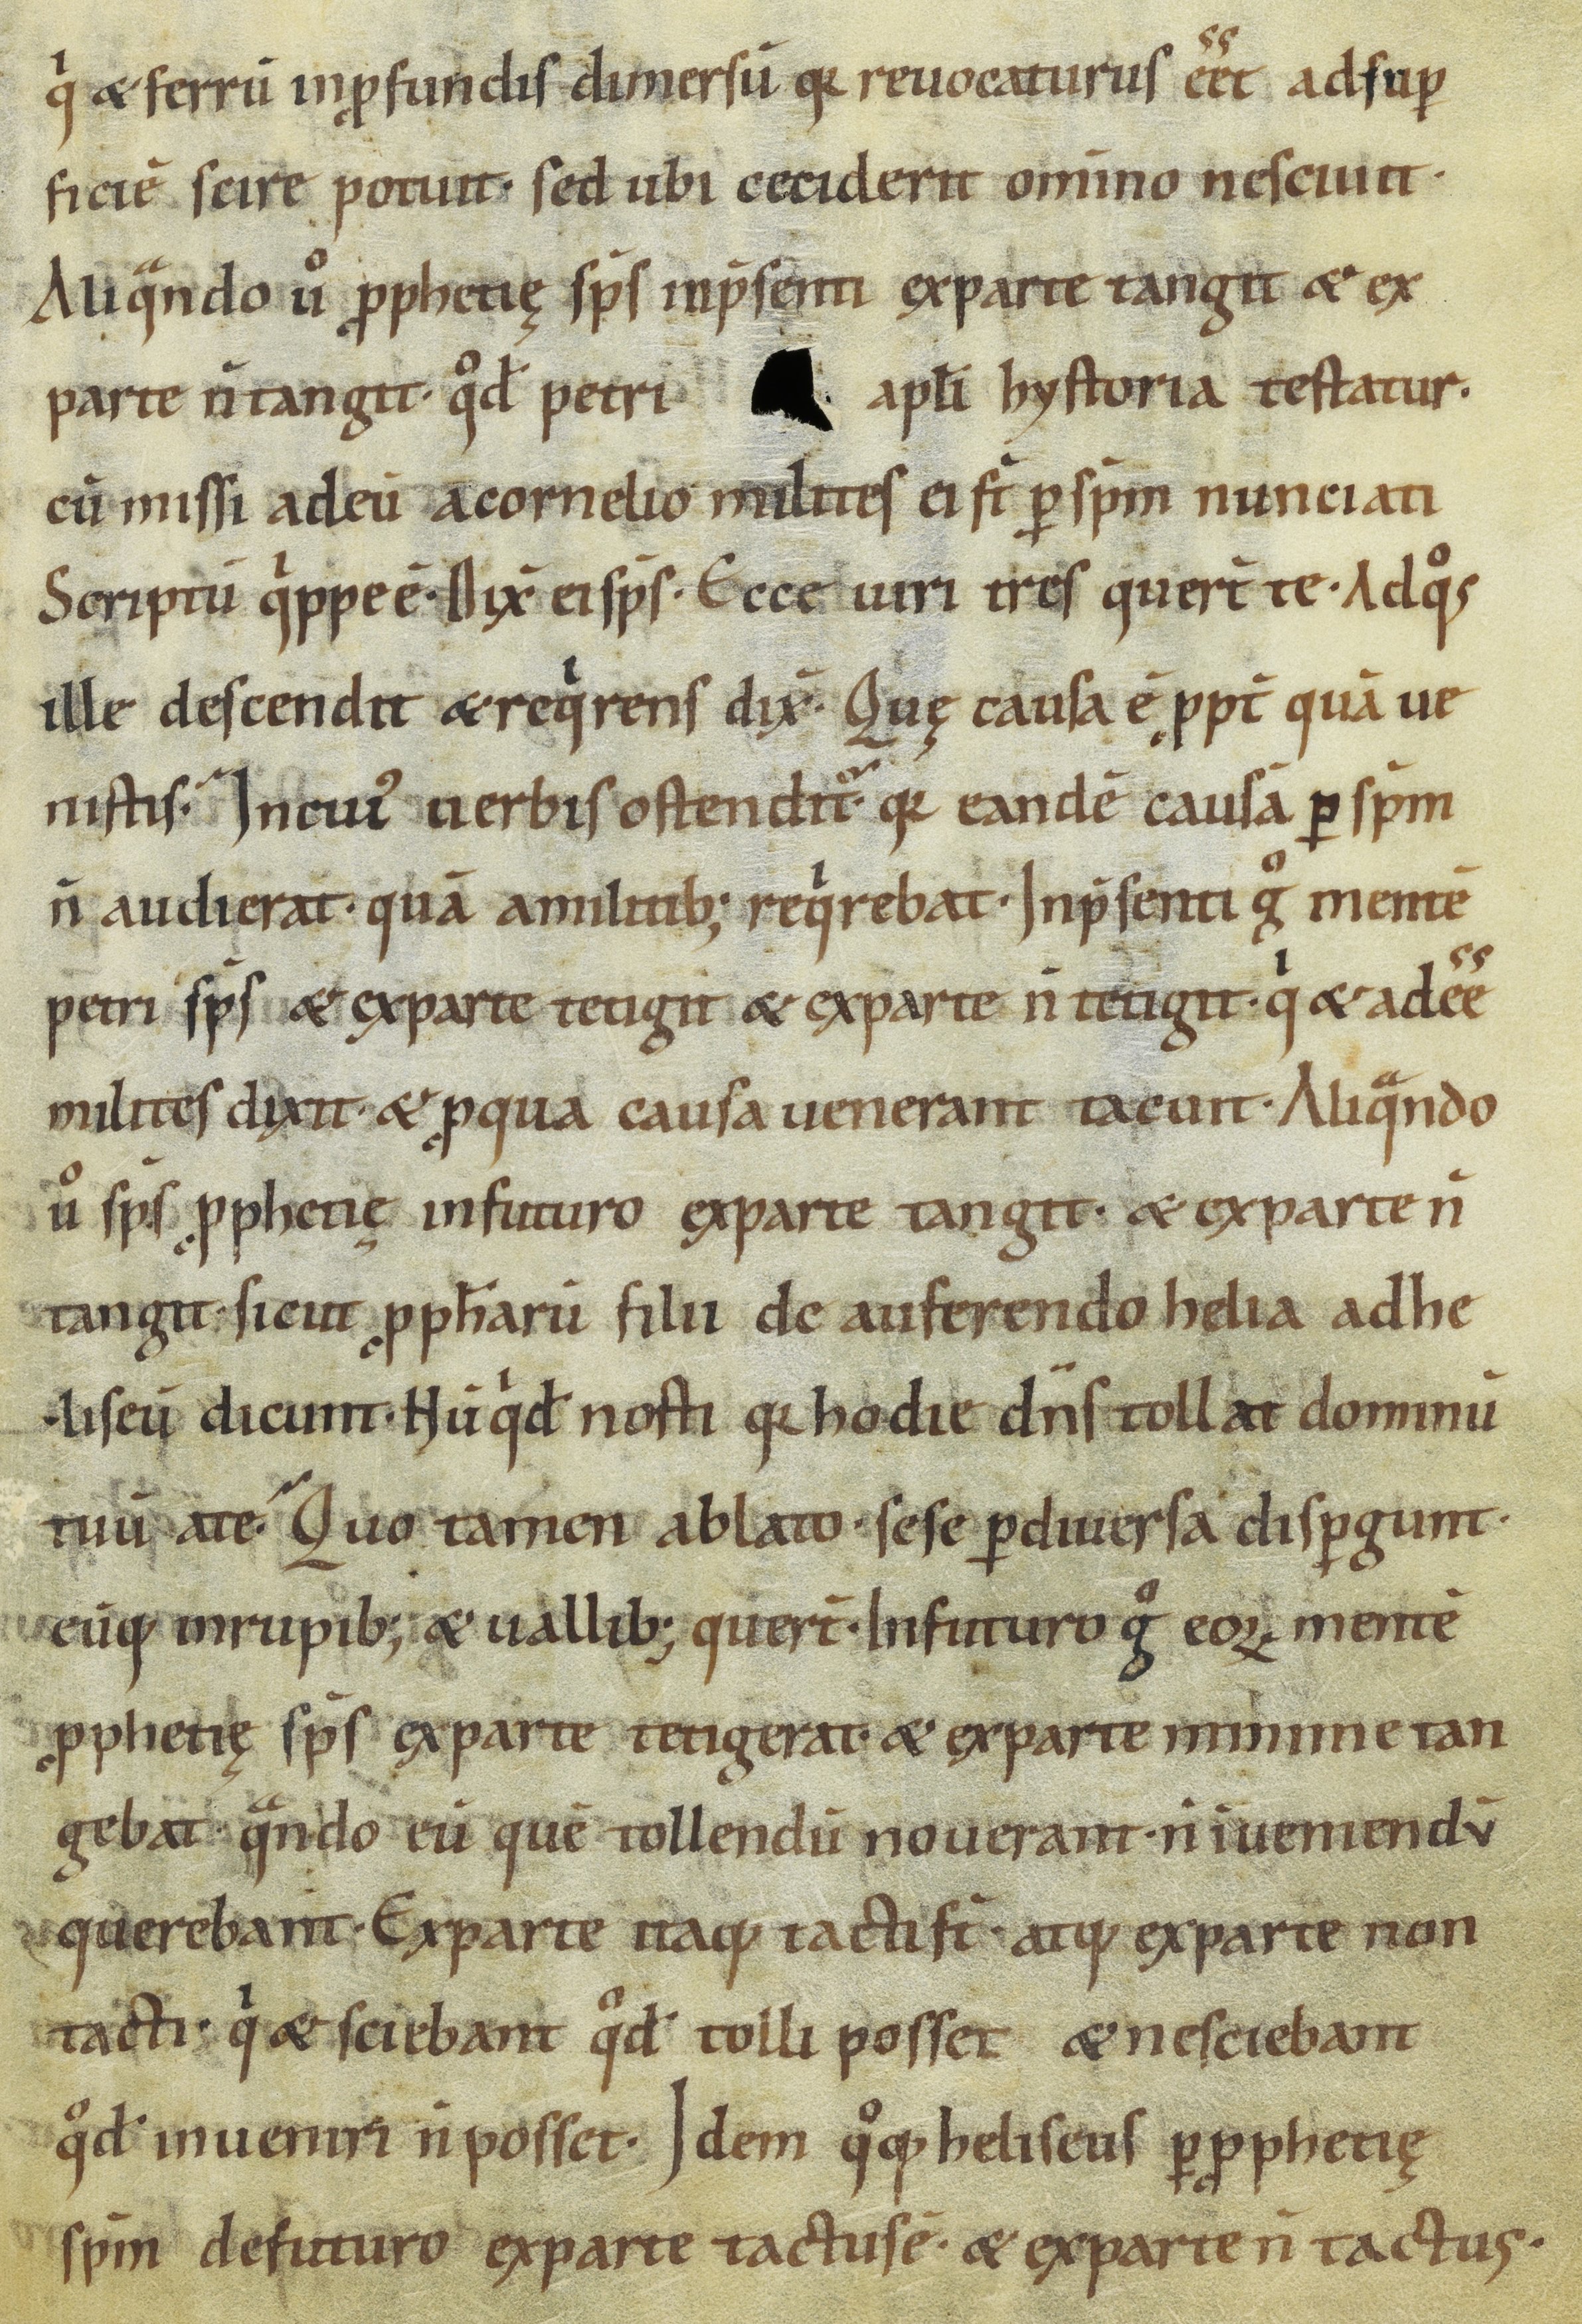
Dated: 1000–1099